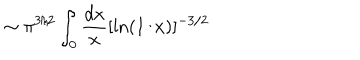
\sim \pi ^ { 3 / 2 } \int _ { 0 } { \frac { d x } { x } } [ \ln ( 1 / x ) ] ^ { - 3 / 2 }